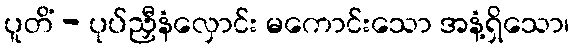
ပူတိံ - ပုပ်ညှီနံလှောင်း မကောင်းသော အနံ့ရှိသော၊